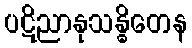
ပဋိညာနုသန္ဓိတေန